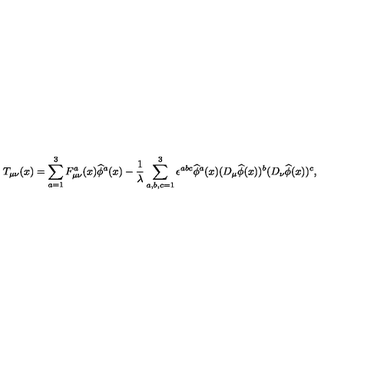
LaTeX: T _ { \mu \nu } ( x ) = \sum _ { a = 1 } ^ { 3 } F _ { \mu \nu } ^ { a } ( x ) \widehat { \phi } ^ { a } ( x ) - \frac { 1 } { \lambda } \sum _ { a , b , c = 1 } ^ { 3 } \epsilon ^ { a b c } \widehat { \phi } ^ { a } ( x ) ( D _ { \mu } \widehat { \phi } ( x ) ) ^ { b } ( D _ { \nu } \widehat { \phi } ( x ) ) ^ { c } ,